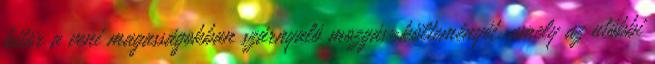
kitör a veni magasságokban szárnyaló mozgás-költeményét, amely az utóbbi